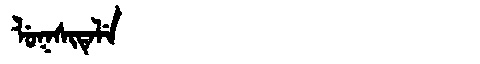
Manchu: ᠯᡠᡴᠰᡳᡨᡝᠯᡝ
Romanization: LUKSITELE